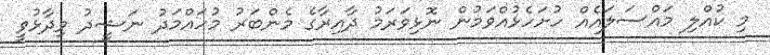
މި ކުއްލި މައްސަލައެއް ހުށަހެޅުއްވަމުން ނޮޅިވަރަމު ދާއިރާގެ މެންބަރު މުހައްމަދު ނަޝީދު ވިދާޅުވީ